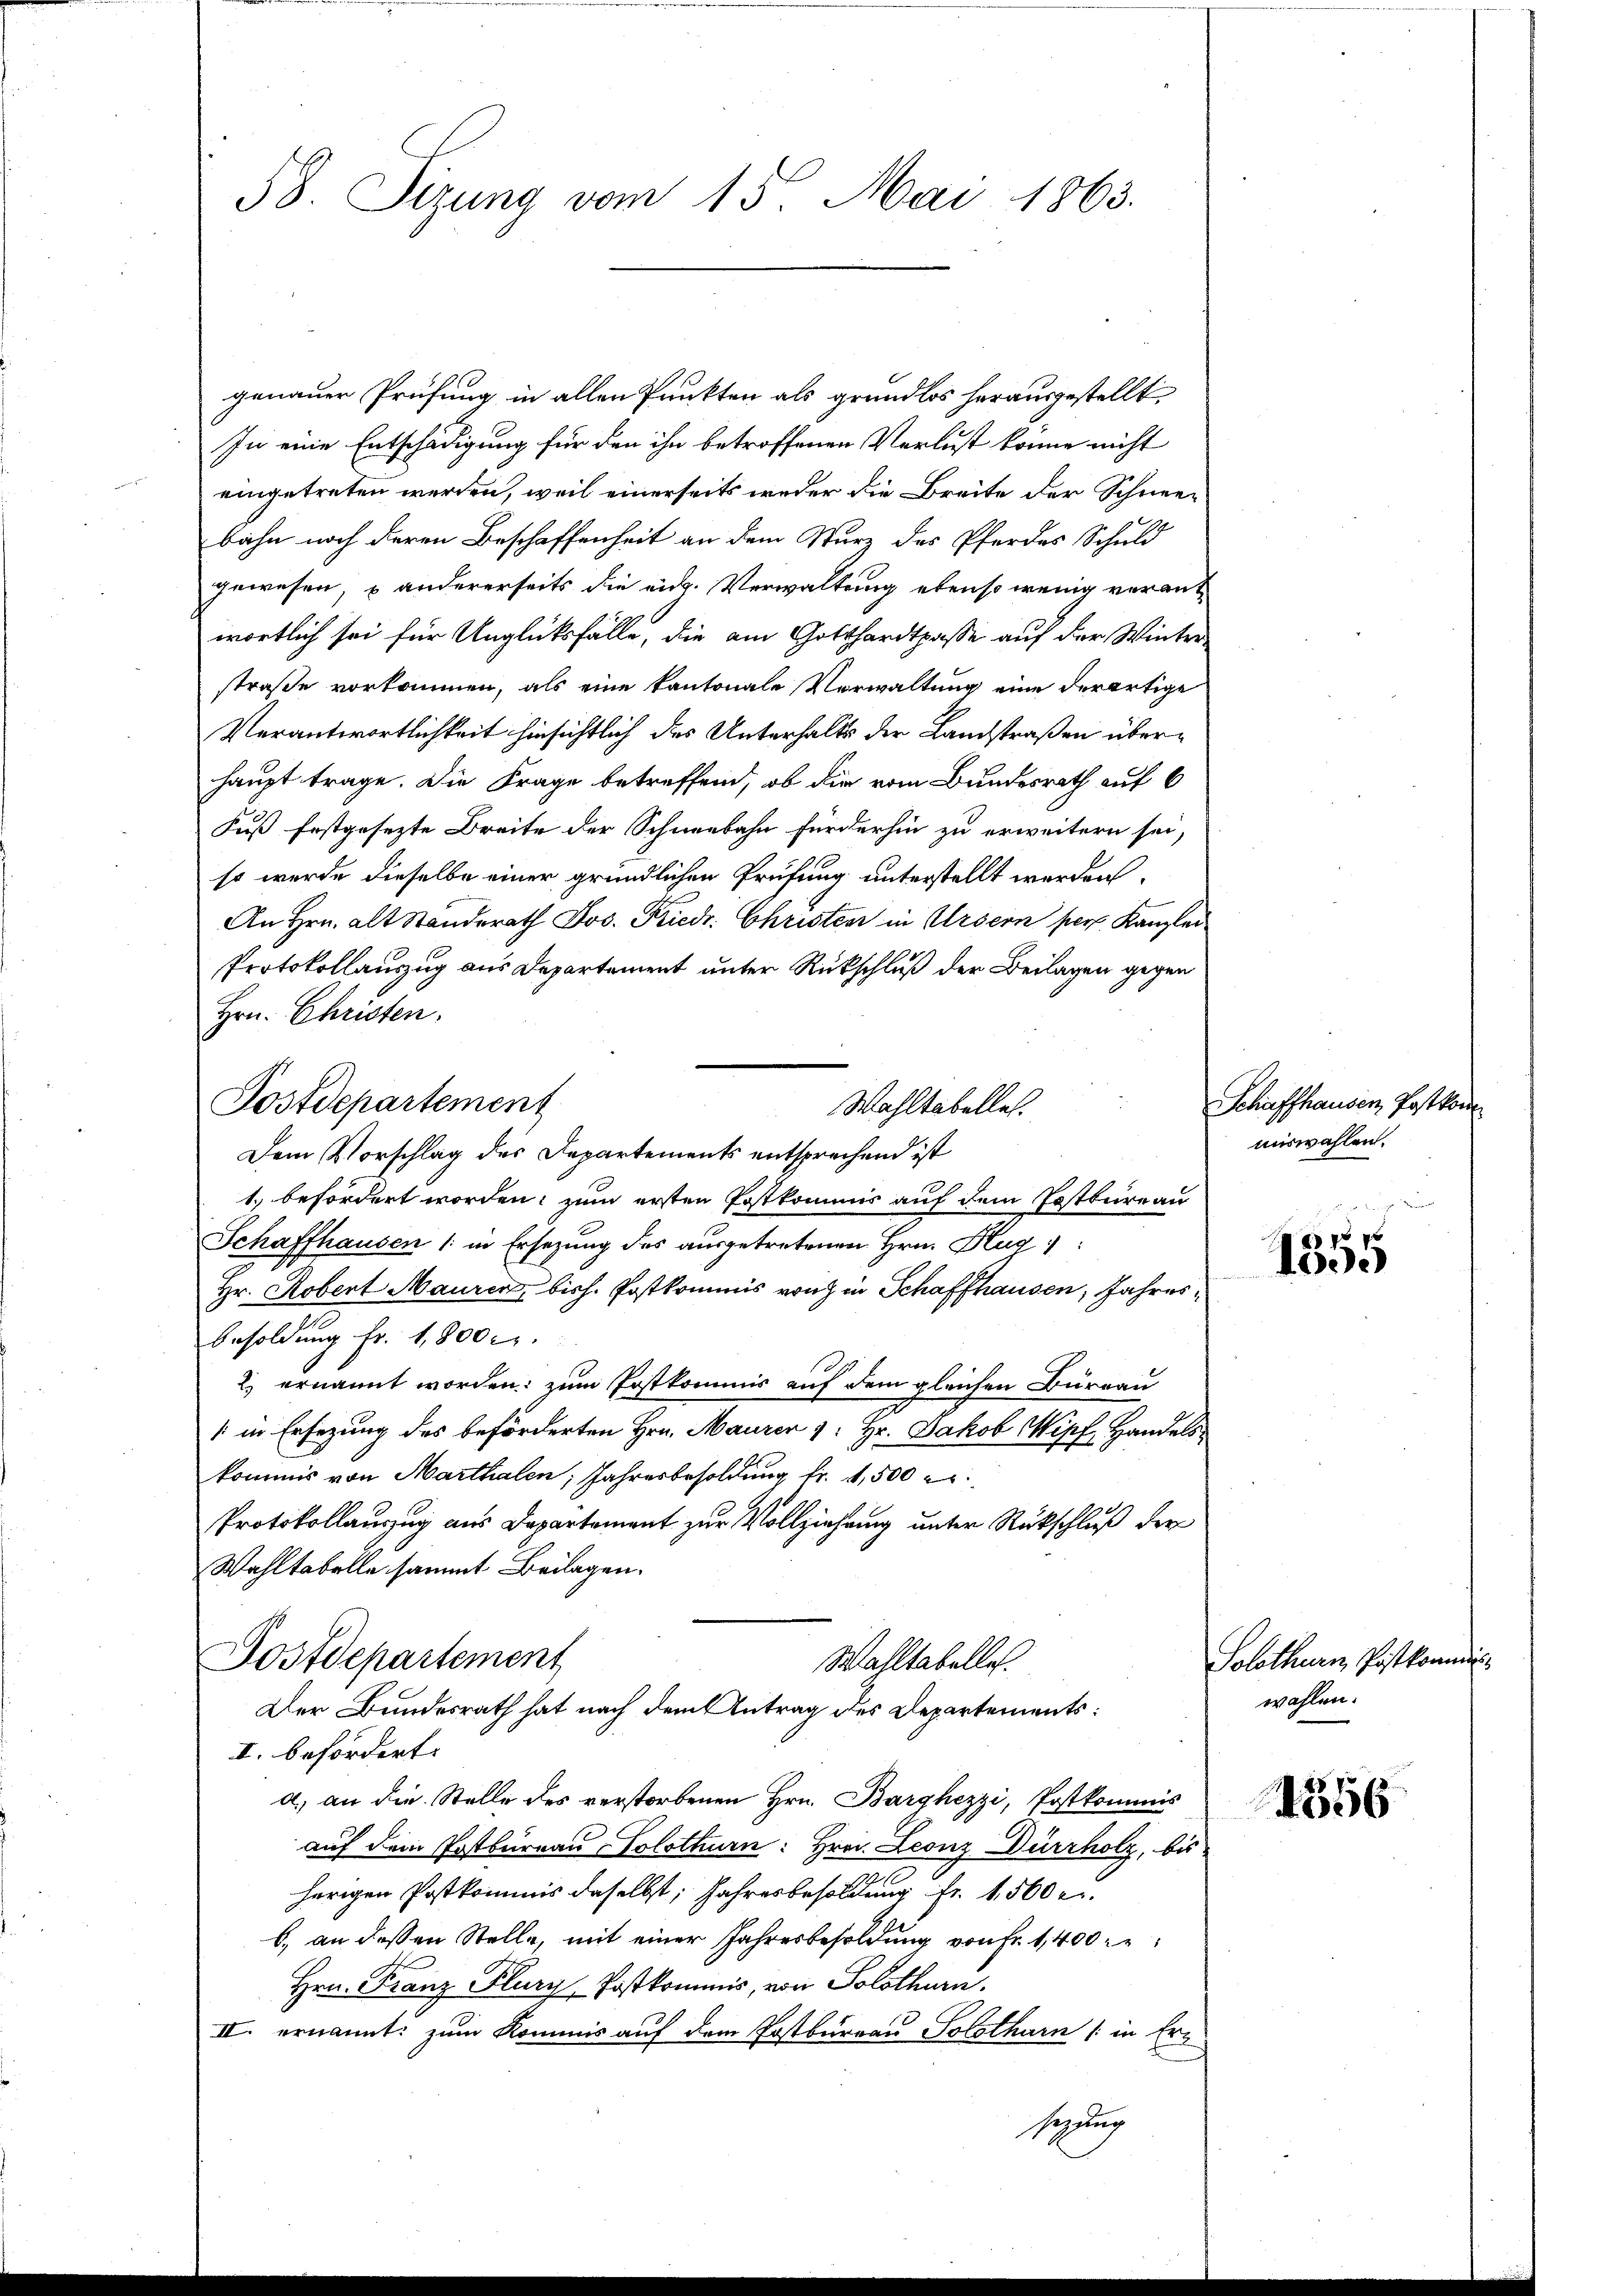
58. Sizung vom 15. Mai 1863.

genauer Prüfung in allen Punkten als grundlos herausgestellt
In eine Entschädigung für den ihn betroffenen Verlust könne nicht
eingetreten werden, weil einerseits weder die Breite der Schneebahn noch deren Beschaffenheit an dem Wurz des Pferdes Schuld
gewesen, u andererseits die eid. Verwaltung ebenso wenig verant
wortlich sei für Unglüksfälle, die am Gotthardtpasse auf der Winter
straße vorkommen, als eine kantonale Verwaltung eine derartige
Verantwortlichkeit hinsichtlich des Unterhalts der Landstraßen überhaupt trage. Die Frage betreffend, ob die vom Bundesrath auf 6
Fuß festgesezte Breite der Schneebahn fürderhin zu erweitern sei,
so wurde dieselbe einer gründlichen Prüfung unterstellt werden.
An Hrn. alt Standerath Jos. Friedr. Christen in Ursern pers. Kanzlei
Protokollauszug aus Departement unter Rückschluß der Beilagen gegen
Hrn. Christen.
Dem Vorschlag des Departements entsprechend ist
1. befordert worden, zum ersten Postkommis auf dem Postbureau
Schaffhausen (: in Ersezung des ausgetretenen Hrn. Hug:
Hr. Robert Maurer, bish. Postkommis von in Schaffhausen, Jahres¬
Besoldung fr. 1,800 c.
2) ernannt worden; zum Postkommis auf dem gleichen Burgau
/ in Ersezung des beförderten Hrn. Mauren 1: Hr. Jakob Wipf Handelskommis von Marthalen, Jahresbesoldung fr. 4,500 er
Protokollauszug aus Departement zur Vollziehung unter Rückschluß der
Wahltabelle sammt Beilagen.
Postdepartement
Wahltabelles.
Der Bundesrath hat nach dem Antrag des Departements:
I. befördert.
a. an die Stelle des verstorbenen Hrn. Barghezzi, Postkommis
auf dem Postbureau, Solothurn: Hrn. Leonz Dürrholz, bis
herigen Postkommis daselbst, Jahresbesoldung fr. 1,500 r.
b. an dessen Stelle, mit einer Jahresbesoldung von Fr. 1400 r
Hrn. Franz Plury, Postkommis, von Solothurn.
II. ernannt: zum Kommis auf dem Postbureau Solothurn (in Ersagung

Postdepartement
Wahltabelle.

Schaffhausen Postkom
miswahlen.

8
1005

Solothurn, Postkommen.
wahlen.

4356